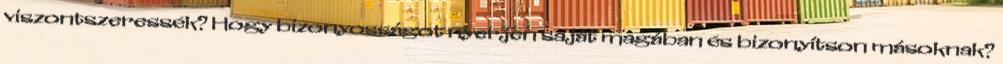
viszontszeressék? Hogy bizonyosságot nyerjen saját magában és bizonyítson másoknak?